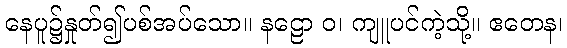
နေပူ၌နှုတ်၍ပစ်အပ်သော။ နဠော ဝ၊ ကျူပင်ကဲ့သို့။ ဧတေန၊